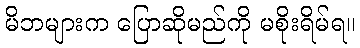
မိဘများက ပြောဆိုမည်ကို မစိုးရိမ်ရ။